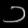
Digit: ၁